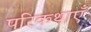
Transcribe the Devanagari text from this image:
परिकथाएँ